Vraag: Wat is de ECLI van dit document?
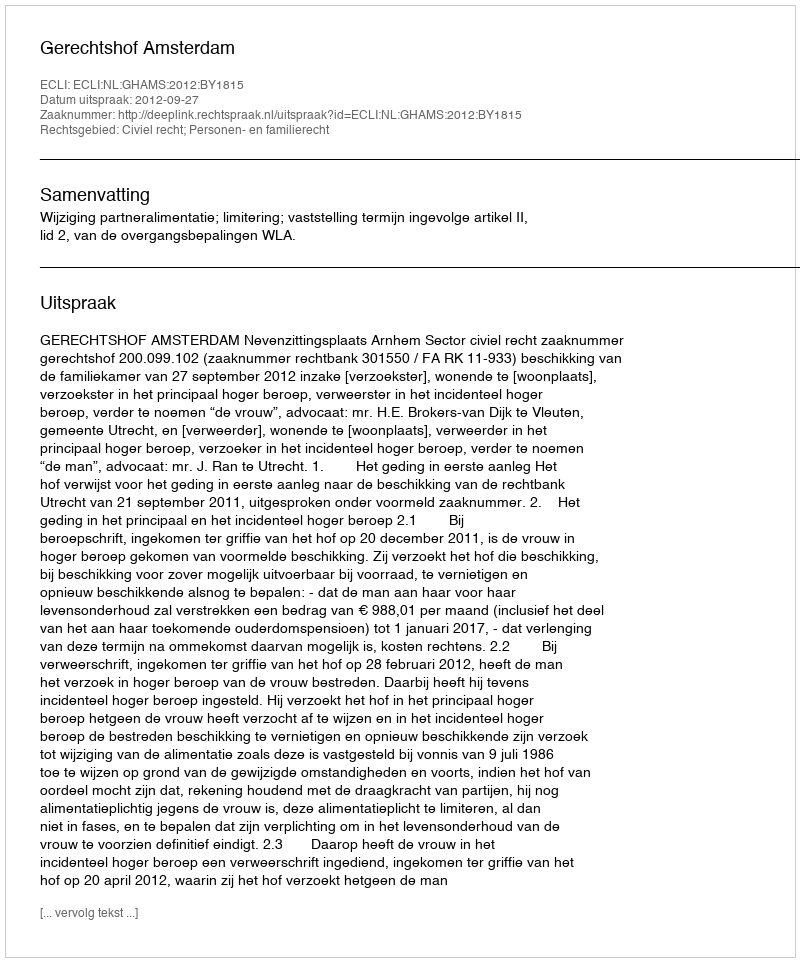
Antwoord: ECLI:NL:GHAMS:2012:BY1815